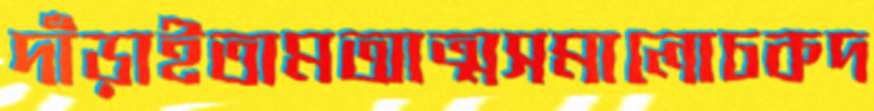
দাঁড়াইতামআত্মসমালোচকদ